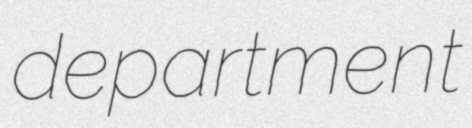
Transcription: department